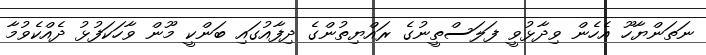
ނަތަންޔާހޫ އެހެން ވިދާޅުވީ ފަލަސްތީނުގެ ރައްޔިތުންގެ ދިފާއުގައި ބަންކީ މޫން ވާހަކަފުޅު ދެއްކެވުމާ